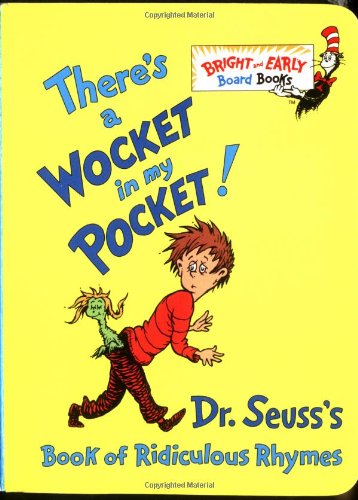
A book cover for There's a Wocket in My Pocket! (Dr. Seuss's Book of Ridiculous Rhymes); Dr. Seuss; Children's Books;